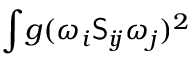
\int \! g ( \omega _ { i } \mathsf { S } _ { i \! j } \omega _ { j } ) ^ { 2 }